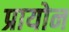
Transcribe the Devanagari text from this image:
प्रायोन